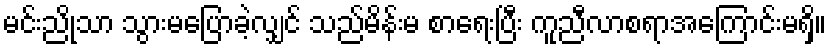
မင်းညိုသာ သွားမပြောခဲ့လျှင် သည်မိန်းမ စာရေးပြီး ကူညီလာစရာအကြောင်းမရှိ။